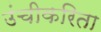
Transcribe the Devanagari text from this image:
उंचीकरिता